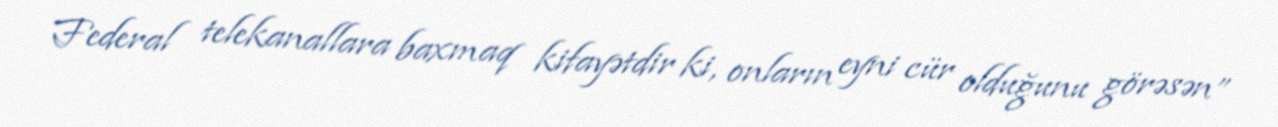
Federal telekanallara baxmaq kifayətdir ki, onların eyni cür olduğunu görəsən”